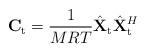
LaTeX: \begin{align*} \mathbf{C}_{\mathrm{t}}=\frac{1}{MRT}\hat{\mathbf{{X}}}_{\mathrm{t}}\hat{\mathbf{{X}}}_{\mathrm{t}}^H\end{align*}